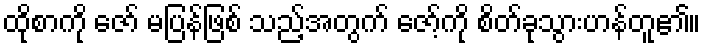
ထိုစာကို ဇော် မပြန်ဖြစ် သည့်အတွက် ဇော့်ကို စိတ်ခုသွားဟန်တူ၏။